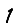
Digit: 1